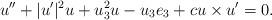
LaTeX: \begin{align*}u''+ |u'|^2 u + u_3^2 u - u_3 e_3 + c u \times u' = 0.\end{align*}